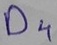
Text: D4